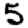
Digit: 5